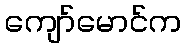
ကျော်မောင်က